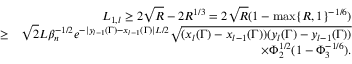
\begin{array} { r l r } & { } & { L _ { 1 , l } \geq 2 \sqrt { R } - 2 R ^ { 1 \slash 3 } = 2 \sqrt { R } ( 1 - \operatorname* { m a x } \{ R , 1 \} ^ { - 1 \slash 6 } ) } \\ & { \geq } & { \sqrt { 2 } L \beta _ { n } ^ { - 1 \slash 2 } e ^ { - | y _ { l - 1 } ( \Gamma ) - x _ { l - 1 } ( \Gamma ) | L \slash 2 } \sqrt { ( x _ { l } ( \Gamma ) - x _ { l - 1 } ( \Gamma ) ) ( y _ { l } ( \Gamma ) - y _ { l - 1 } ( \Gamma ) ) } } \\ & { } & { \times \Phi _ { 2 } ^ { 1 \slash 2 } ( 1 - \Phi _ { 3 } ^ { - 1 \slash 6 } ) . } \end{array}